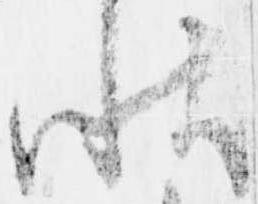
状